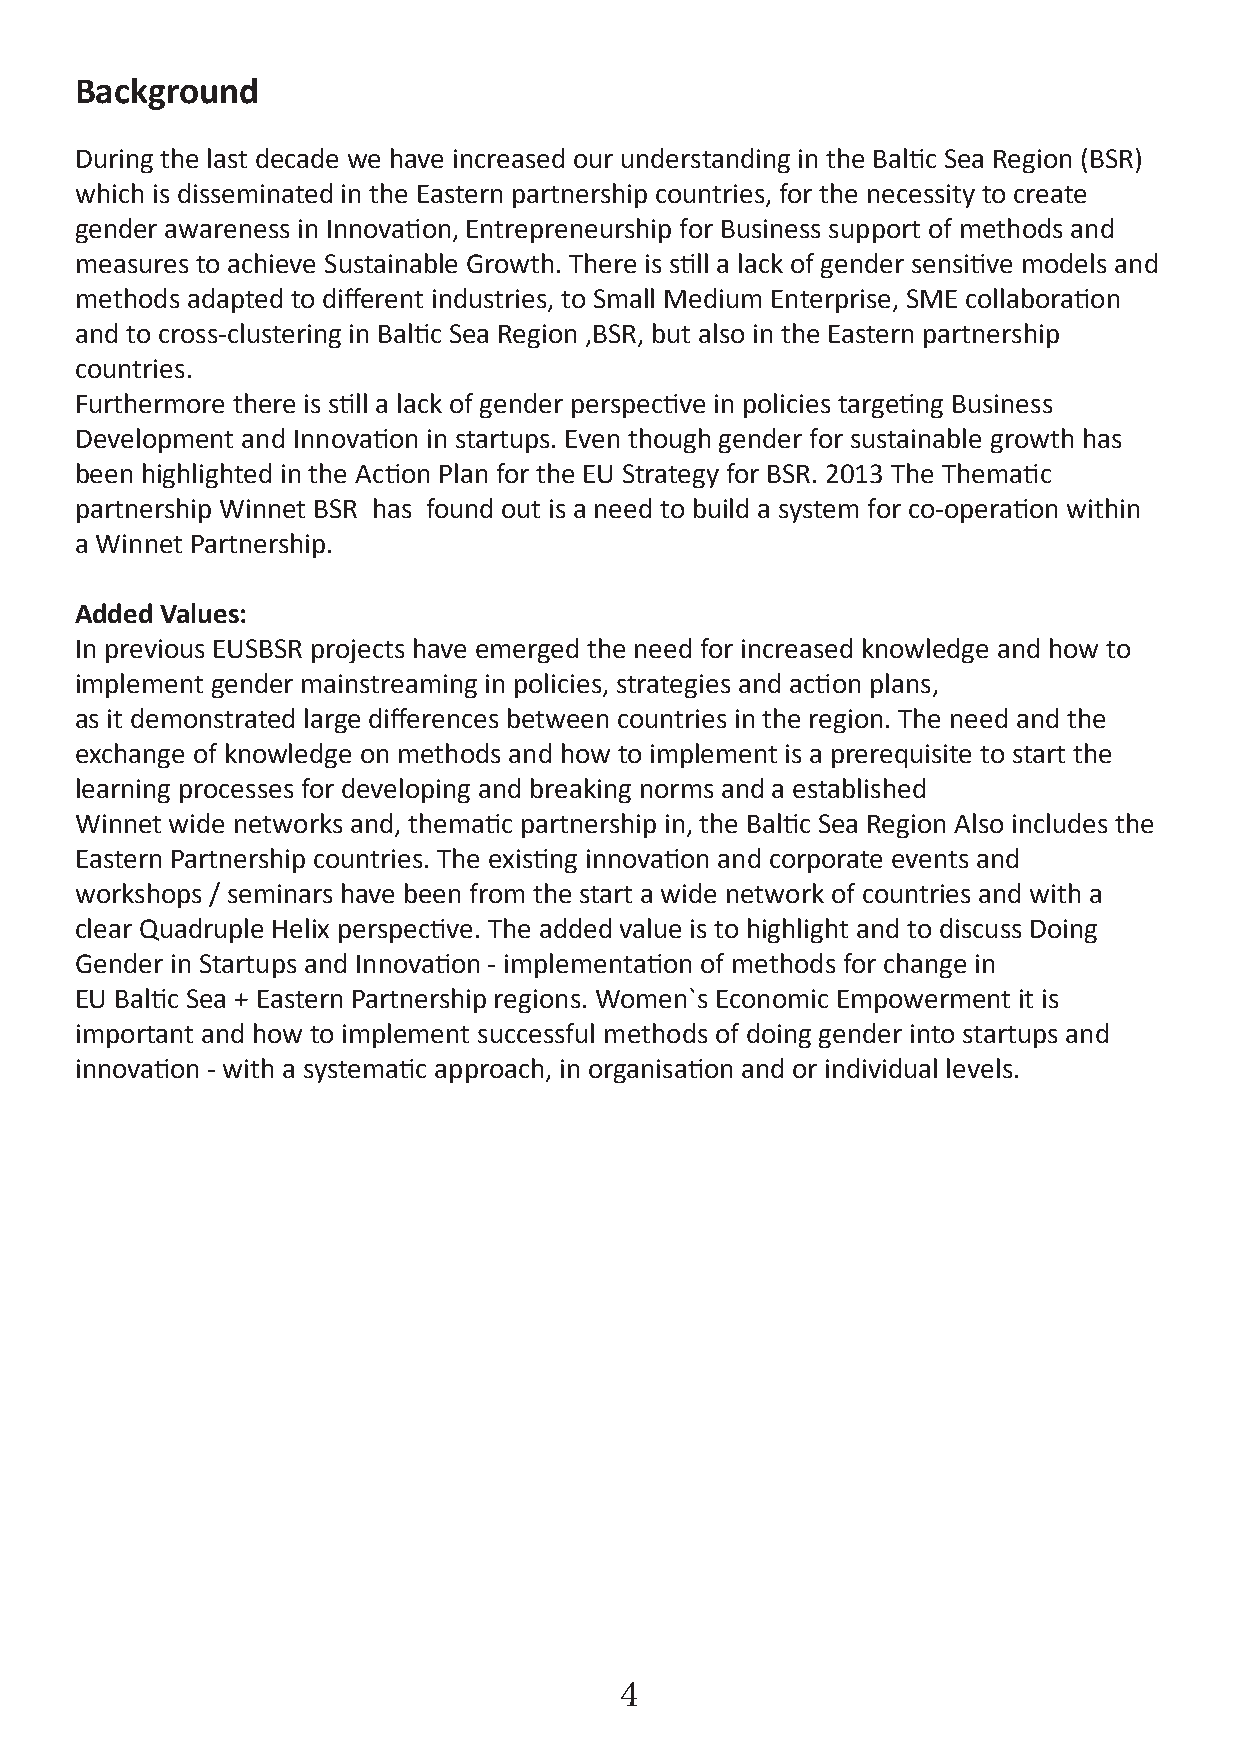
Background
 During the last decade we have increased our understanding in the Baltic Sea Region (BSR)
 which is disseminated in the Eastern partnership countries, for the necessity to create
 gender awareness in Innovation, Entrepreneurship for Business support of methods and
 measures to achieve Sustainable Growth. There is still a lack of gender sensitive models and
 methods adapted to different industries, to Small Medium Enterprise, SME collaboration
 and to cross-clustering in Baltic Sea Region ,BSR, but also in the Eastern partnership
 countries.
 Furthermore there is still a lack of gender perspective in policies targeting Business
 Development and Innovation in startups. Even though gender for sustainable growth has
 been highlighted in the Action Plan for the EU Strategy for BSR. 2013 The Thematic
 partnership Winnet BSR has found out is a need to build a system for co-operation within
 a Winnet Partnership.
 Added Values:
 In previous EUSBSR projects have emerged the need for increased knowledge and how to
 implement gender mainstreaming in policies, strategies and action plans,
 as it demonstrated large differences between countries in the region. The need and the
 exchange of knowledge on methods and how to implement is a prerequisite to start the
 learning processes for developing and breaking norms and a established
 Winnet wide networks and, thematic partnership in, the Baltic Sea Region Also includes the
 Eastern Partnership countries. The existing innovation and corporate events and
 workshops / seminars have been from the start a wide network of countries and with a
 clear Quadruple Helix perspective. The added value is to highlight and to discuss Doing
 Gender in Startups and Innovation - implementation of methods for change in
 EU Baltic Sea + Eastern Partnership regions. Women`s Economic Empowerment it is
 important and how to implement successful methods of doing gender into startups and
 innovation - with a systematic approach, in organisation and or individual levels.
 4